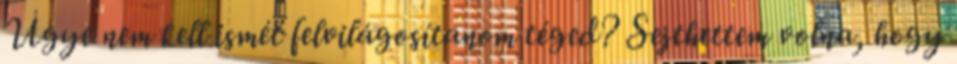
Ugye nem kell ismét felvilágosítanom téged? Sejthettem volna, hogy